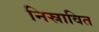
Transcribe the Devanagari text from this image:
निस्रावित